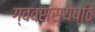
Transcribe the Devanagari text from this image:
ग्ववसस्येष्ठि